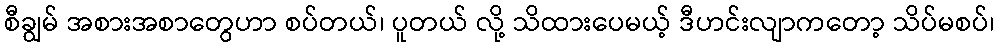
စီချွမ် အစားအစာတွေဟာ စပ်တယ်၊ ပူတယ် လို့ သိထားပေမယ့် ဒီဟင်းလျာကတော့ သိပ်မစပ်၊